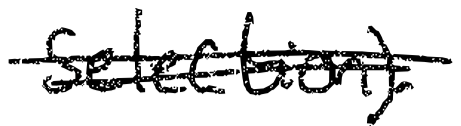
Text: selection).
Cross-out: double-line
Writing tool: digital_black